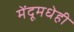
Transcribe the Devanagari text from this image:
मेंदूमधेही